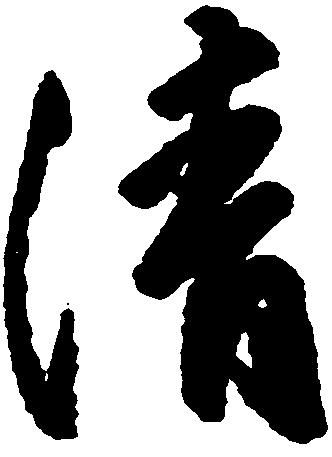
清